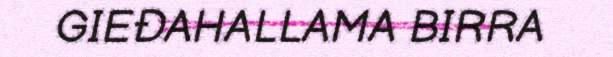
GIEĐAHALLAMA BIRRA